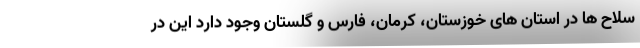
سلاح ها در استان های خوزستان، کرمان، فارس و گلستان وجود دارد این در